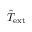
\hat { T } _ { \mathrm { e x t } }